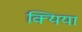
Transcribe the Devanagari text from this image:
क्यिया